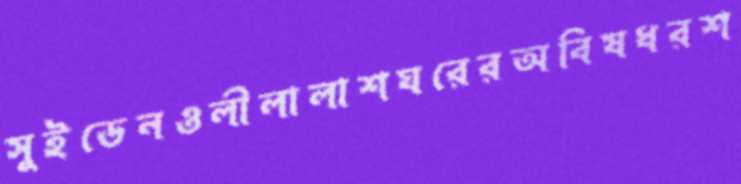
সুইডেনওলীলালাশঘরেরঅবিষধরশ